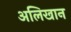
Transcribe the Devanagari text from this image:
अलिखान